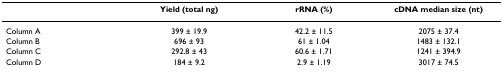
<table><thead><tr><td>[EMPTY_CELL]</td><td><b>Yield (total ng)</b></td><td><b>rRNA (%)</b></td><td><b>cDNA median size (nt)</b></td></tr></thead><tbody><tr><td>Column A</td><td>399 ± 19.9</td><td>42.2 ± 11.5</td><td>2075 ± 37.4</td></tr><tr><td>Column B</td><td>696 ± 93</td><td>61 ± 1.04</td><td>1483 ± 132.1</td></tr><tr><td>Column C</td><td>292.8 ± 43</td><td>60.6 ± 1.71</td><td>1241 ± 394.9</td></tr><tr><td>Column D</td><td>184 ± 9.2</td><td>2.9 ± 1.19</td><td>3017 ± 74.5</td></tr></tbody></table>